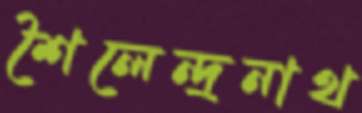
শৈলেন্দ্রনাথ